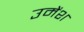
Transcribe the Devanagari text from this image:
उमेंश